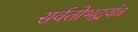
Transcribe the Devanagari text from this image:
सर्वतोभद्रयंत्र